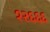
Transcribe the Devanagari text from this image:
१२६६६